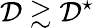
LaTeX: \mathcal{D}\gtrsim\mathcal{D}^{\star}